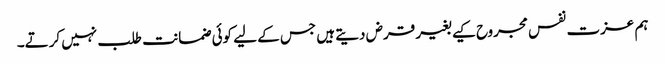
ہم عزت نفس مجروح کیے بغیر قرض دیتے ہیں جس کے لیے کوئی ضمانت طلب نہیں کرتے۔